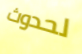
لحدوث